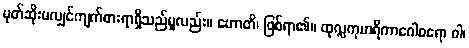
မုတ်ဆိုးမလျှင်ကျက်စားရာရှိသည်မူလည်း။ ဟောတိ၊ ဖြစ်ရာ၏။ ထုလ္လကုမာရိကာဂေါစရော ဝါ၊